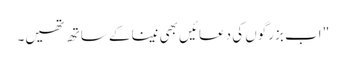
" اب بزرگوں کی دعائیں بھی نینا کے ساتھ تھیں۔